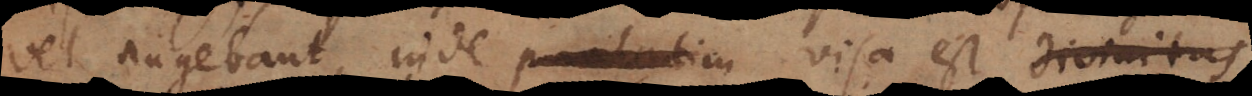
vel augebant, inde paulatim visa est divinitas